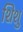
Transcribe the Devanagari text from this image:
शिशु